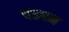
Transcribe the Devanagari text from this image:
पंड्यन